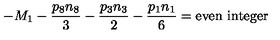
- M _ { 1 } - { \frac { p _ { 8 } n _ { 8 } } { 3 } } - { \frac { p _ { 3 } n _ { 3 } } { 2 } } - { \frac { p _ { 1 } n _ { 1 } } { 6 } } = \mathrm { e v e n } \ \mathrm { i n t e g e r }